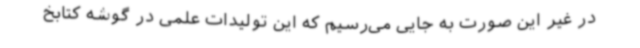
در غیر این صورت به جایی می‌رسیم که این تولیدات علمی در گوشه کتابخ